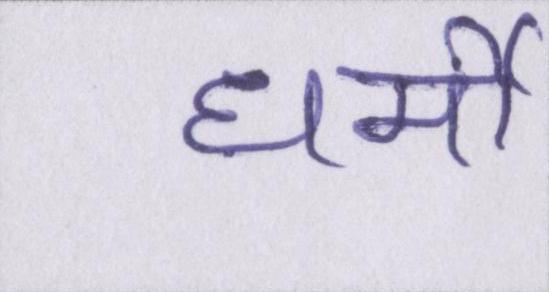
धर्मी